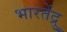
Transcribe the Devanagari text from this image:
भारतेंद्रु